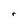
Character: r